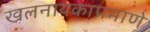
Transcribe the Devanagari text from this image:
खलनायकाप्रमाणे